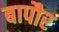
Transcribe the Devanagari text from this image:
बापौर